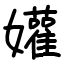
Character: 孉